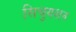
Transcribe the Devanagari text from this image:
सिचुयशन